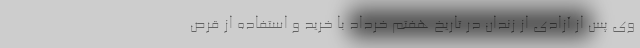
وی پس از آزادی از زندان در تاریخ هفتم خرداد با خرید و استفاده از قرص